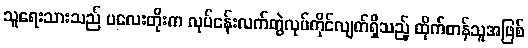
သူရေးသားသည် ပလေးတိုးက လုပ်ငန်းလက်တွဲလုပ်ကိုင်လျက်ရှိသည့် ထိုက်တန်သူအဖြစ်